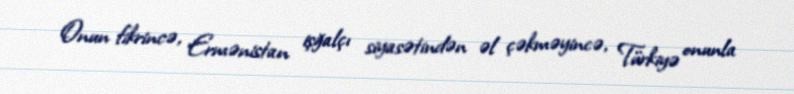
Onun fikrincə, Ermənistan işğalçı siyasətindən əl çəkməyincə, Türkiyə onunla